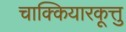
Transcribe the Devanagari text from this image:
चाक्कियारकूत्तु